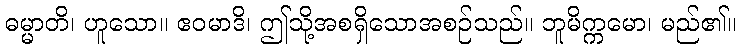
ဓမ္မာတိ၊ ဟူသော။ ဧဝမာဒိ၊ ဤသို့အစရှိသောအစဉ်သည်။ ဘူမိက္ကမော၊ မည်၏။